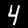
Label: 4